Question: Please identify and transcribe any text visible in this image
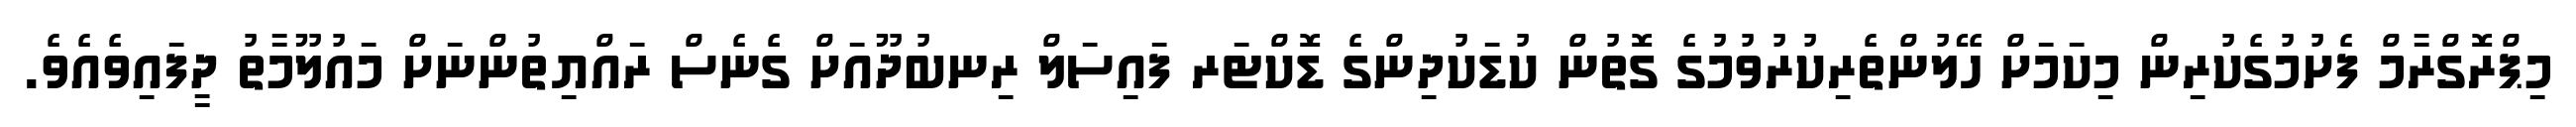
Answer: މިޕްރޮގްރާމް ފެށުމުގެކުރިން މިކަމަށް ހޭލުންތެރިކުރުވުމުގެ ގޮތުން ކުޑަކުދިންގެ ޑޮކްޓަރ ފައިސަލް ރިނބުދޫއަށް ގެނެސް ރައްޔިތުންނަށް މައުލޫމާތު ދީފައިވެއެވެ.